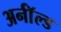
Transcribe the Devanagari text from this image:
अर्नॉल्ड